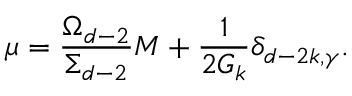
\mu = \frac { \Omega _ { d - 2 } } { \Sigma _ { d - 2 } } M + \frac { 1 } { 2 G _ { k } } \delta _ { d - 2 k , \gamma } .